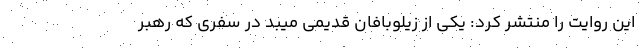
این روایت را منتشر کرد: یکی از زیلوبافان قدیمی میبد در سفری که رهبر